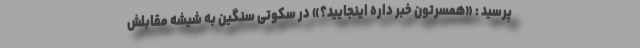
پرسید : «همسرتون خبر داره اینجایید؟» در سکوتی سنگین به شیشه مقابلش